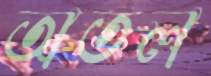
অতল